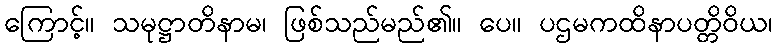
ကြောင့်။ သမုဋ္ဌာတိနာမ၊ ဖြစ်သည်မည်၏။ ပေ။ ပဌမကထိနာပတ္တိဝိယ၊